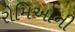
રોમિઓની